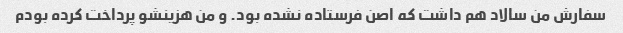
سفارش من سالاد هم داشت که اصن فرستاده نشده بود. و من هزینشو پرداخت کرده بودم